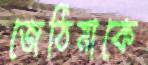
জেঠিমাকে